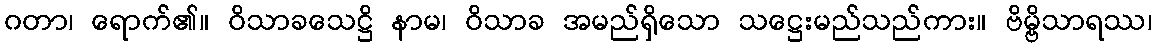
ဂတာ၊ ရောက်၏။ ဝိသာခသေဋ္ဌိ နာမ၊ ဝိသာခ အမည်ရှိသော သဋ္ဌေးမည်သည်ကား။ ဗိမ္ဗိသာရဿ၊